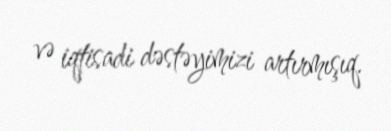
və iqtisadi dəstəyimizi artırmışıq.